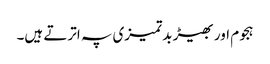
ہجوم اور بھیڑ بدتمیزی پہ اترتے ہیں۔